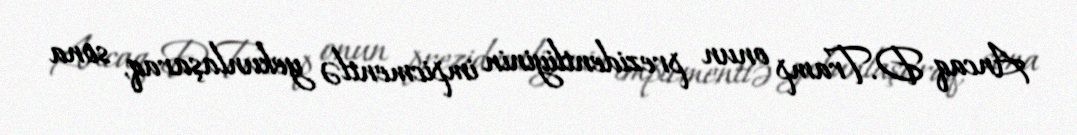
Ancaq D.Tramp onun prezidentliyinin impicmentlə yekunlaşaraq, sona